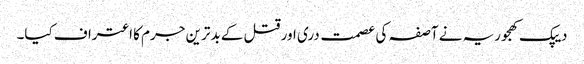
دیپک کھجوریہ نے آصفہ کی عصمت دری اور قتل کے بدترین جرم کا اعتراف کیا۔